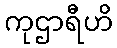
ကုဌာရီဟိ